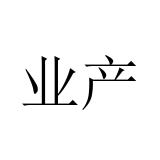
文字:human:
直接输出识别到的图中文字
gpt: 业产